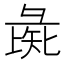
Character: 彘